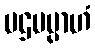
ပဌမမ္ပာဟံ